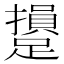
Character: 𨆥